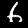
Label: 6